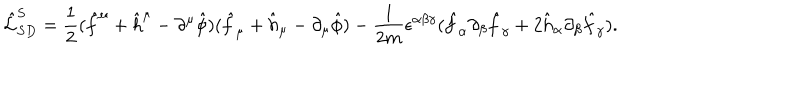
\hat { \cal { L } } _ { S D } ^ { S } = \frac { 1 } { 2 } ( \hat { f } ^ { \mu } + \hat { h } ^ { \mu } - \partial ^ { \mu } \hat { \phi } ) ( \hat { f } _ { \mu } + \hat { h } _ { \mu } - \partial _ { \mu } \hat { \phi } ) - \frac { 1 } { 2 m } \epsilon ^ { \alpha \beta \gamma } ( \hat { f } _ { \alpha } \partial _ { \beta } \hat { f } _ { \gamma } + 2 \hat { h } _ { \alpha } \partial _ { \beta } \hat { f } _ { \gamma } ) .